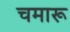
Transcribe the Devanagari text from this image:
चमारू